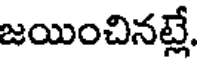
జయించినట్లే.